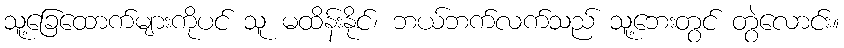
သူ့ခြေထောက်များကိုပင် သူ မထိန်းနိုင်၊ ဘယ်ဘက်လက်သည် သူ့ဘေးတွင် တွဲလောင်း။